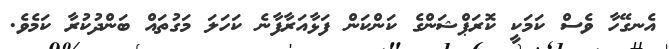
އެނގޭހާ ވެސް ކަމަކީ ކޮރަޕްޝަންގެ ކަންކަން ފަޅާއަރާފާނެ ކަހަލަ މަގުތައް ބަންދުކުރާ ކަމެވެ.